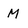
Character: M